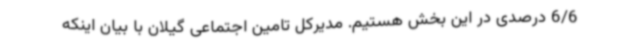
6/6 درصدی در این بخش هستیم. مدیرکل تامین اجتماعی گیلان با بیان اینکه